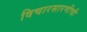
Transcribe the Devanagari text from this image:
विचारसारणीची